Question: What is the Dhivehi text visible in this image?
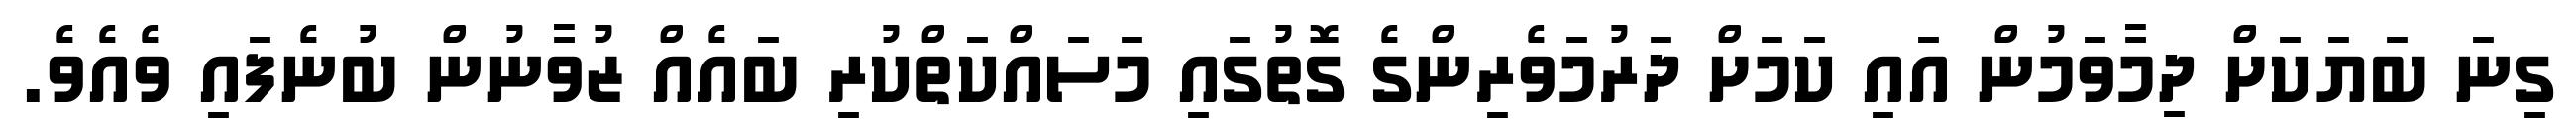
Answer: ގިނަ ބަޔަކަށް ދިމާވަމުން އައި ކަމަށް ދަރުމަވެރިންގެ ގޮތުގައި މަސައްކަތްކުރި ބައެއް ޒުވާނުން ބުނެފައި ވެއެވެ.